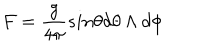
F = \frac { g } { 4 \pi } s i n \theta d \theta \wedge d \phi